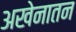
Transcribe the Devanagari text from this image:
अखेनातन